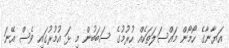
އަޔާނާގެ ހޯމޯން މައްސަލަތަކެއް ހުރުމުގެ ސަބަބުން މި ޅަ އުމުރުގައި ވެސް އޭނަ